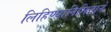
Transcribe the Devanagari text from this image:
लिहिण्यानिमित्ताने